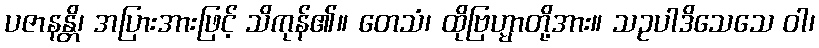
ပဇာနန္တိ၊ အပြားအားဖြင့် သိကုန်၏။ တေသံ၊ ထိုဗြဟ္မာတို့အား။ သဥပါဒိသေသေ ဝါ၊